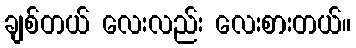
ချစ်တယ် လေးလည်း လေးစားတယ်။